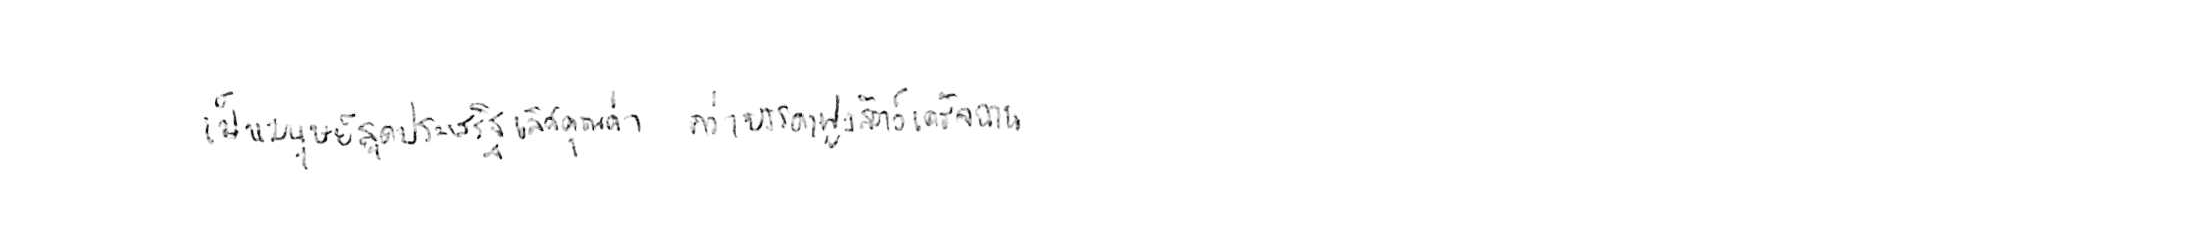
เป็นมนุษย์สุดประเสริฐเลิศคุณค่า กว่าบรรดาฝูงสัตว์เดรัจฉาน